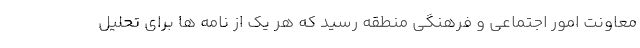
معاونت امور اجتماعی و فرهنگی منطقه رسید که هر یک از نامه ها برای تحلیل